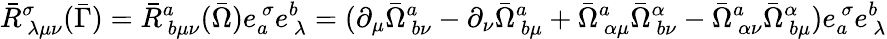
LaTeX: \bar{R}_{~\lambda\mu\nu}^{\sigma}(\bar{\Gamma})=\bar{R}_{~b\mu\nu}^{a}(\bar{\Omega})e_{a}^{~\sigma}e_{~\lambda}^{b}=(\partial_{\mu}\bar{\Omega}_{~b\nu}^{a}-\partial_{\nu}\bar{\Omega}_{~b\mu}^{a}+\bar{\Omega}_{~\alpha\mu}^{a}\bar{\Omega}_{~b\nu}^{\alpha}-\bar{\Omega}_{~\alpha\nu}^{a}\bar{\Omega}_{~b\mu}^{\alpha})e_{a}^{~\sigma}e_{~\lambda}^{b}